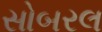
સોબરલ